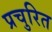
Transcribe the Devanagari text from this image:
प्रचुरित